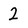
Character: 2